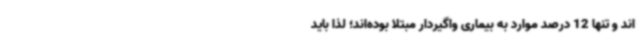
اند و تنها 12 درصد موارد به بیماری واگیردار مبتلا بوده‌اند؛ لذا باید